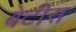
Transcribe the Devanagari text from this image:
बेटीस